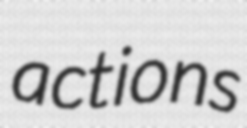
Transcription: actions